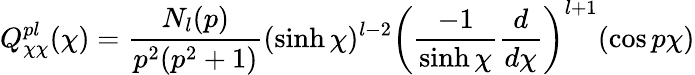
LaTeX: Q_{\chi\chi}^{pl}(\chi)=\frac{N_{l}(p)}{p^{2}(p^{2}+1)}(\sinh\chi)^{l-2}\left(\frac{-1}{\sinh\chi}\frac{d}{d\chi}\right)^{l+1}(\cos p\chi)